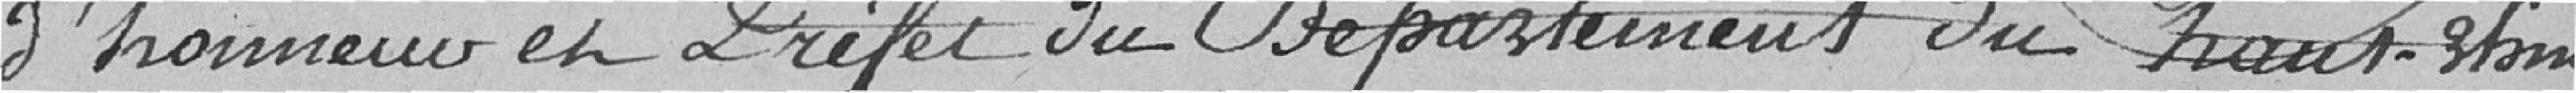
d'Honneur et Préfet du Département du Haut-Rhin